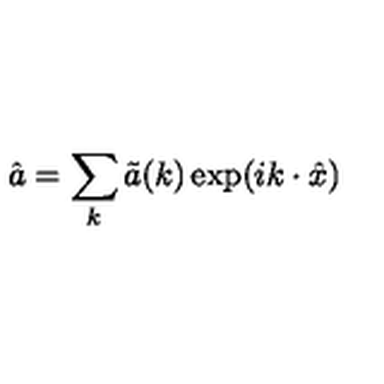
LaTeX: \hat { a } = \sum _ { k } \tilde { a } ( k ) \exp ( i k \cdot \hat { x } )